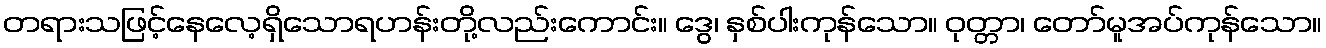
တရားသဖြင့်နေလေ့ရှိသောရဟန်းတို့လည်းကောင်း။ ဒွေ၊ နှစ်ပါးကုန်သော။ ဝုတ္တာ၊ တော်မူအပ်ကုန်သော။